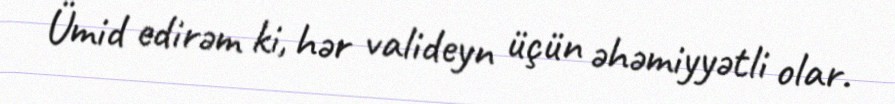
Ümid edirəm ki, hər valideyn üçün əhəmiyyətli olar.